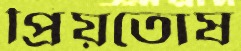
প্রিয়তোষ